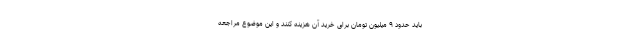
باید حدود ۹ میلیون تومان برای خرید آن هزینه کنند و این موضوع مراجعه